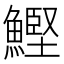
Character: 鰹